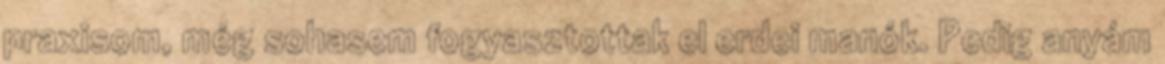
praxisom, még sohasem fogyasztottak el erdei manók. Pedig anyám